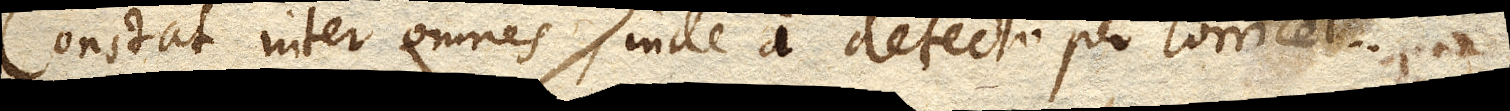
Constat inter omnes, inde a detecto per Torricel–